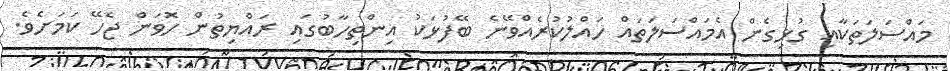
މައްސަލަތަކާއި ގުޅިގެން އެމައްސަލަތައް ހައްލުކުރެއްވޭނެ ބޭފުޅަކު އިންތިހާބުގައި ރައްޔިތުން ހޮވަން ޖެހޭ ކަމަށެވެ.